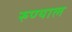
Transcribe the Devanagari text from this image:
रुण्याल